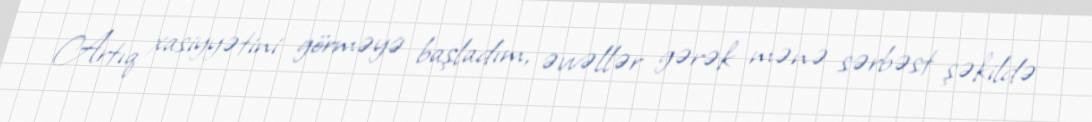
Artıq xasiyyətini görməyə başladım, əvvəllər gərək mənə sərbəst şəkildə